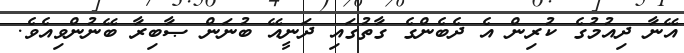
އޭނާ ދިއުމުގެ ކުރިން އެ ދެބެންގެ ގާތުގައި ދަނީއޭ ބުނަން ޞާބިރާ ބޭނުންވިއެވެ.